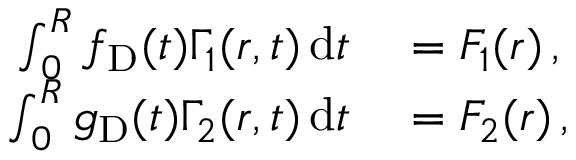
\begin{array} { r l } { \int _ { 0 } ^ { R } f _ { \mathrm { D } } ( t ) \Gamma _ { 1 } ( r , t ) \, \mathrm { d } t } & { { } = F _ { 1 } ( r ) \, , } \\ { \int _ { 0 } ^ { R } g _ { \mathrm { D } } ( t ) \Gamma _ { 2 } ( r , t ) \, \mathrm { d } t } & { { } = F _ { 2 } ( r ) \, , } \end{array}